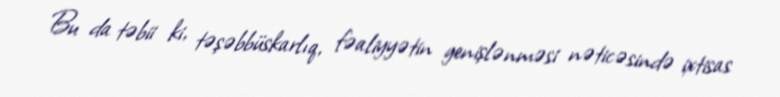
Bu da təbii ki, təşəbbüskarlıq, fəaliyyətin genişlənməsi nəticəsində ixtisas